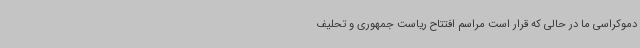
دموکراسی ما در حالی که قرار است مراسم افتتاح ریاست جمهوری و تحلیف